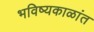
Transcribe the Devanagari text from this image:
भविष्यकाळांत